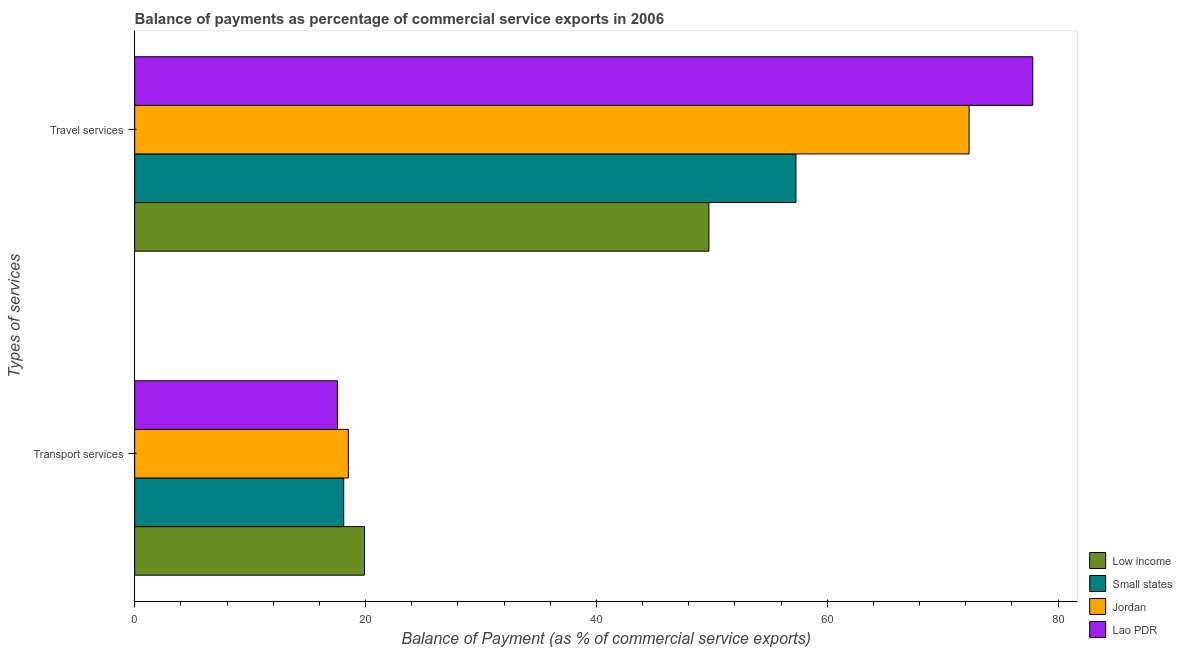
| Types of services | Low income | Small states | Jordan | Lao PDR |
 | --- | --- | --- | --- | --- |
 | Transport services | 19.9 | 18.1 | 18.5 | 17.6 |
 | Travel services | 49.7 | 57.3 | 72.3 | 77.8 |